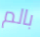
بالم